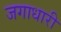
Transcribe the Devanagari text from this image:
जगाधारी